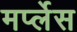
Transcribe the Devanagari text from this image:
मर्प्लेस